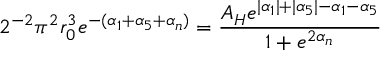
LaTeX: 2 ^ { - 2 } \pi ^ { 2 } r _ { 0 } ^ { 3 } e ^ { - ( \alpha _ { 1 } + \alpha _ { 5 } + \alpha _ { n } ) } = \frac { { \cal A } _ { H } e ^ { | \alpha _ { 1 } | + | \alpha _ { 5 } | - \alpha _ { 1 } - \alpha _ { 5 } } } { 1 + e ^ { 2 \alpha _ { n } } }